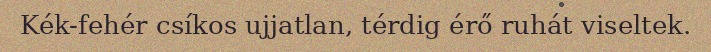
Kék-fehér csíkos ujjatlan, térdig érő ruhát viseltek.